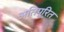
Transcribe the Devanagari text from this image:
अतिपूरित